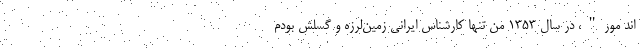
اند مور"، در سال ۱۳۵۳ من تنها کارشناس ایرانی زمین‌لرزه و گسلش بودم